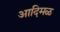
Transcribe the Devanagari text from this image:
आदिमळ